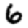
Digit: 6